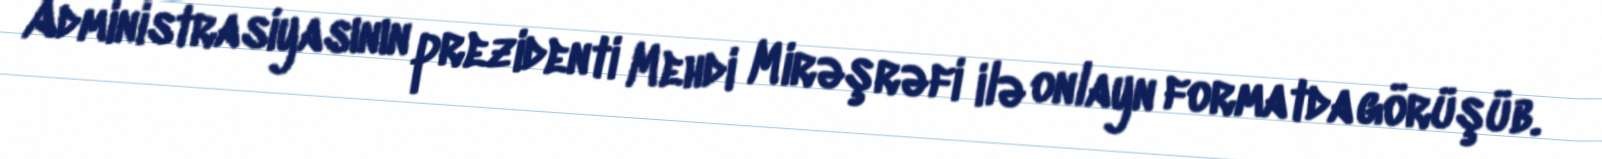
Administrasiyasının prezidenti Mehdi Mirəşrəfi ilə onlayn formatda görüşüb.